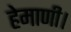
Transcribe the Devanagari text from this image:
हेमाणी।